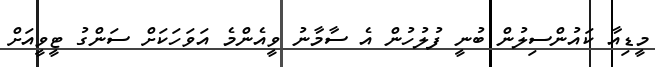
މީޑިއާ ކައުންސިލުން ބުނީ ފުލުހުން އެ ސާމާނު ވީއެންމެ އަވަހަކަށް ސަންގު ޓީވީއަށް